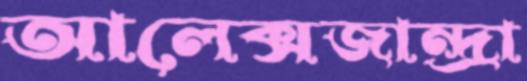
আলেক্সজান্দ্রা